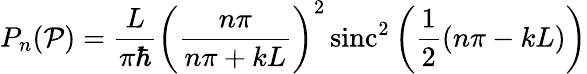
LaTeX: P_{n}(\mathcal{P})={\frac{{L}}{{\pi\hbar}}}\left({\frac{{n\pi}}{{n\pi+kL}}}\right)^{2}\, {\textrm{{sinc}}}^{2}\left({\frac{{1}}{{2}}}(n\pi-kL)\right)